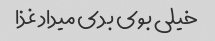
خیلی بوی بدی میداد غذا